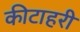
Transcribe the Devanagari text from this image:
कीटाहरी